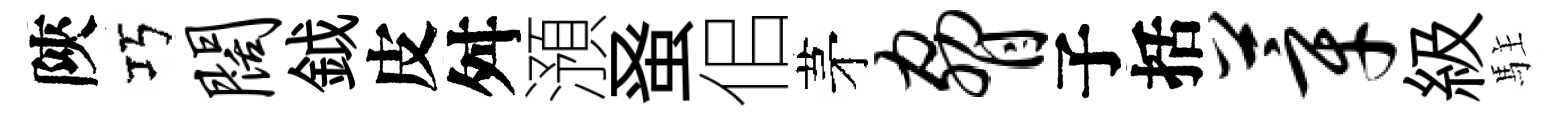
陝巧阔鉞皮舛澦𫊫佀茅胁子括莘級駐